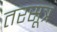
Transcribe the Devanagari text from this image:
तरसूत्र